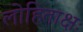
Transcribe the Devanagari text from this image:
लोहिताक्षः